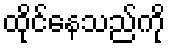
ထိုင်နေသည်ကို